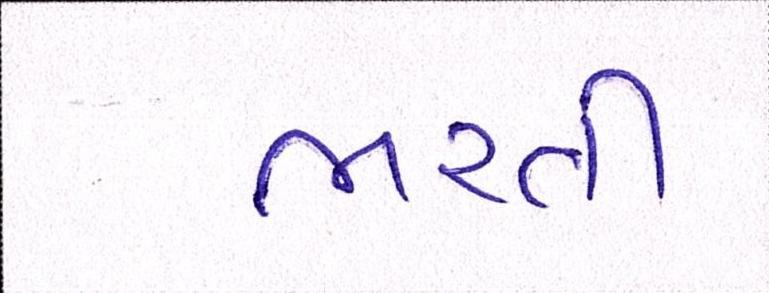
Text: ભરતી